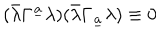
( \bar { \lambda } \Gamma ^ { \underline { { a } } } \lambda ) ( \bar { \lambda } \Gamma _ { \underline { { a } } } \lambda ) \equiv 0